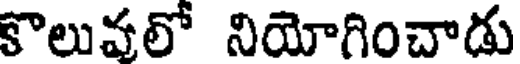
కొలువలో నియోగించాడు